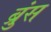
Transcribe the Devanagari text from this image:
ब्रुंस